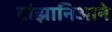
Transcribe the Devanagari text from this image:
टांझानिआने